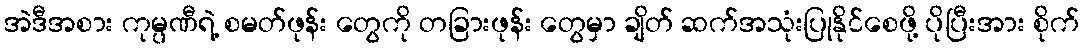
အဲဒီအစား ကုမ္ပဏီရဲ့ စမတ်ဖုန်း တွေကို တခြားဖုန်း တွေမှာ ချိတ် ဆက်အသုံးပြုနိုင်စေဖို့ ပိုပြီးအား စိုက်